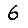
Digit: 6